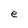
Character: e